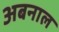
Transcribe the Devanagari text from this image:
अबनाल